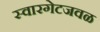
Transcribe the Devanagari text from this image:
स्वारगेटजवळ